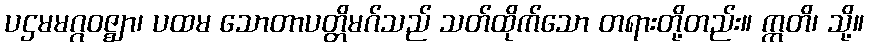
ပဌမမဂ္ဂဝဇ္ဈာ၊ ပထမ သောတာပတ္တိမဂ်သည် သတ်ထိုက်သော တရားတို့တည်း။ ဣတိ၊ သို့။